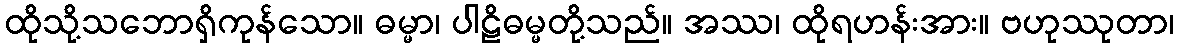
ထိုသို့သဘောရှိကုန်သော။ ဓမ္မာ၊ ပါဠိဓမ္မတို့သည်။ အဿ၊ ထိုရဟန်းအား။ ဗဟုဿုတာ၊